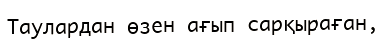
Таулардан өзен ағып сарқыраған,